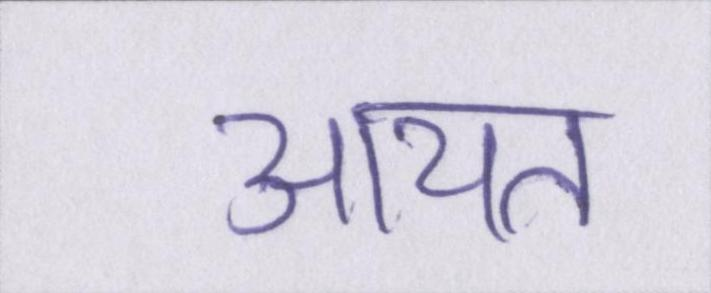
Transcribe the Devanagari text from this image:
आयत